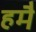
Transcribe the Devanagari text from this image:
हमै